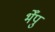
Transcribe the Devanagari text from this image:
भेँपु